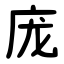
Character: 庞